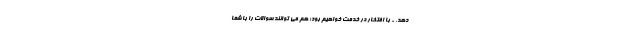
دهد. - با افتخار در خدمت خواهیم بود؛ هم می توانند سوالات را با شما